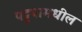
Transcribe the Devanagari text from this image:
पट्ट्यामधील